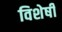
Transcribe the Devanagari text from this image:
विशेषीं